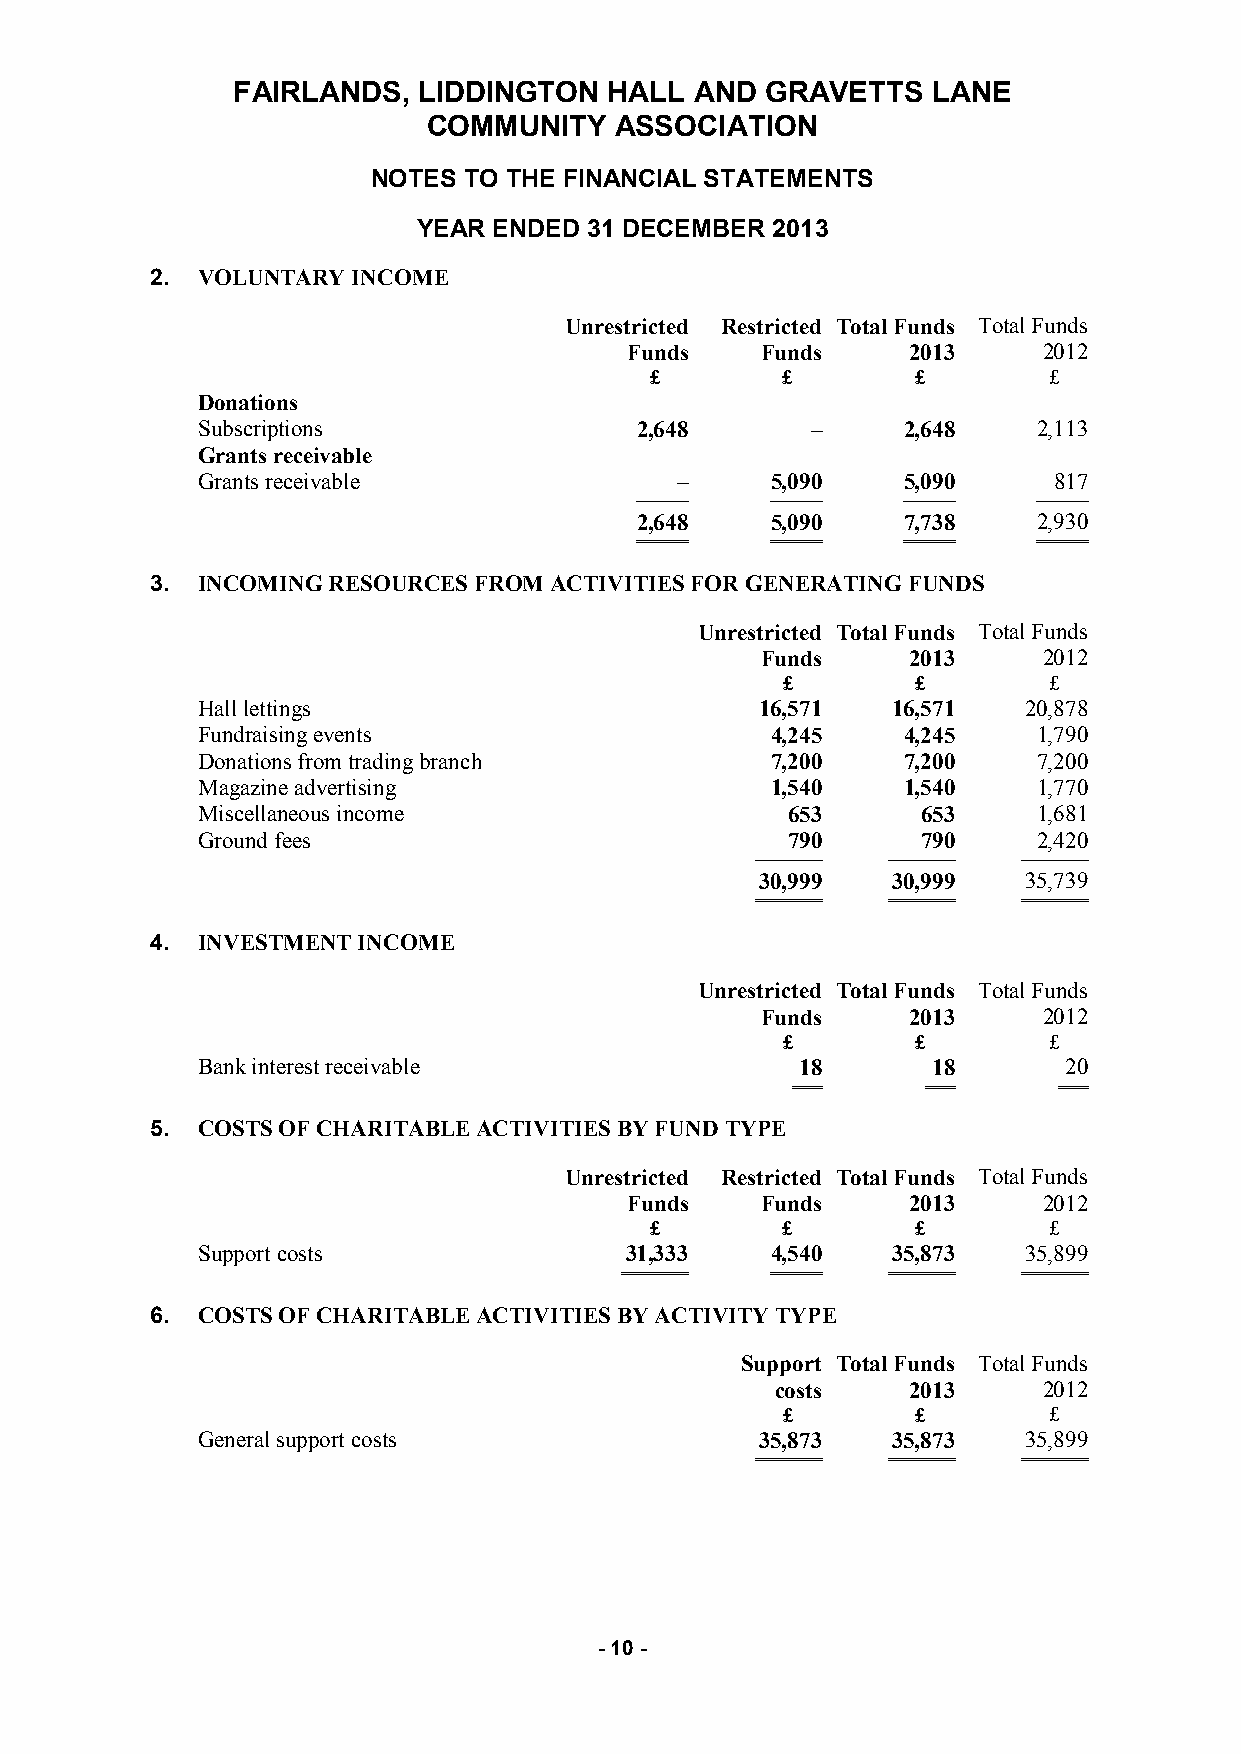
FAIRLANDS,   LIDDINGTON  HALL  AND  GRAVETTS   LANE
 COMMUNITY    ASSOCIATION
 NOTES TO THE FINANCIAL STATEMENTS
 YEAR ENDED 31 DECEMBER 2013
 2. VOLUNTARY INCOME
 Unrestricted Restricted Total Funds Total Funds
 Funds   Funds     2013     2012
 £        £        £       £
 Donations
 Subscriptions                2,648       –     2,648    2,113
 Grants receivable
 Grants receivable               –     5,090    5,090     817
 ───────  ───────  ───────  ───────
 2,648    5,090    7,738    2,930
 ═══════  ═══════  ═══════  ═══════
 3. INCOMING RESOURCES FROM ACTIVITIES FOR GENERATING FUNDS
 Unrestricted Total Funds Total Funds
 Funds     2013     2012
 £        £       £
 Hall lettings                        16,571   16,571   20,878
 Fundraising events                    4,245    4,245    1,790
 Donations from trading branch         7,200    7,200    7,200
 Magazine advertising                  1,540    1,540    1,770
 Miscellaneous income                   653      653     1,681
 Ground fees                            790      790     2,420
 ───────── ───────── ─────────
 30,999   30,999   35,739
 ═════════ ═════════ ═════════
 4. INVESTMENT INCOME
 Unrestricted Total Funds Total Funds
 Funds     2013     2012
 £        £       £
 Bank interest receivable                18       18      20
 ════     ════     ════
 5. COSTS OF CHARITABLE ACTIVITIES BY FUND TYPE
 Unrestricted Restricted Total Funds Total Funds
 Funds   Funds     2013     2012
 £        £        £       £
 Support costs               31,333    4,540   35,873   35,899
 ═════════ ═══════ ═════════ ═════════
 6. COSTS OF CHARITABLE ACTIVITIES BY ACTIVITY TYPE
 Support Total Funds Total Funds
 costs    2013     2012
 £        £       £
 General support costs                35,873   35,873   35,899
 ═════════ ═════════ ═════════
 - 10 -